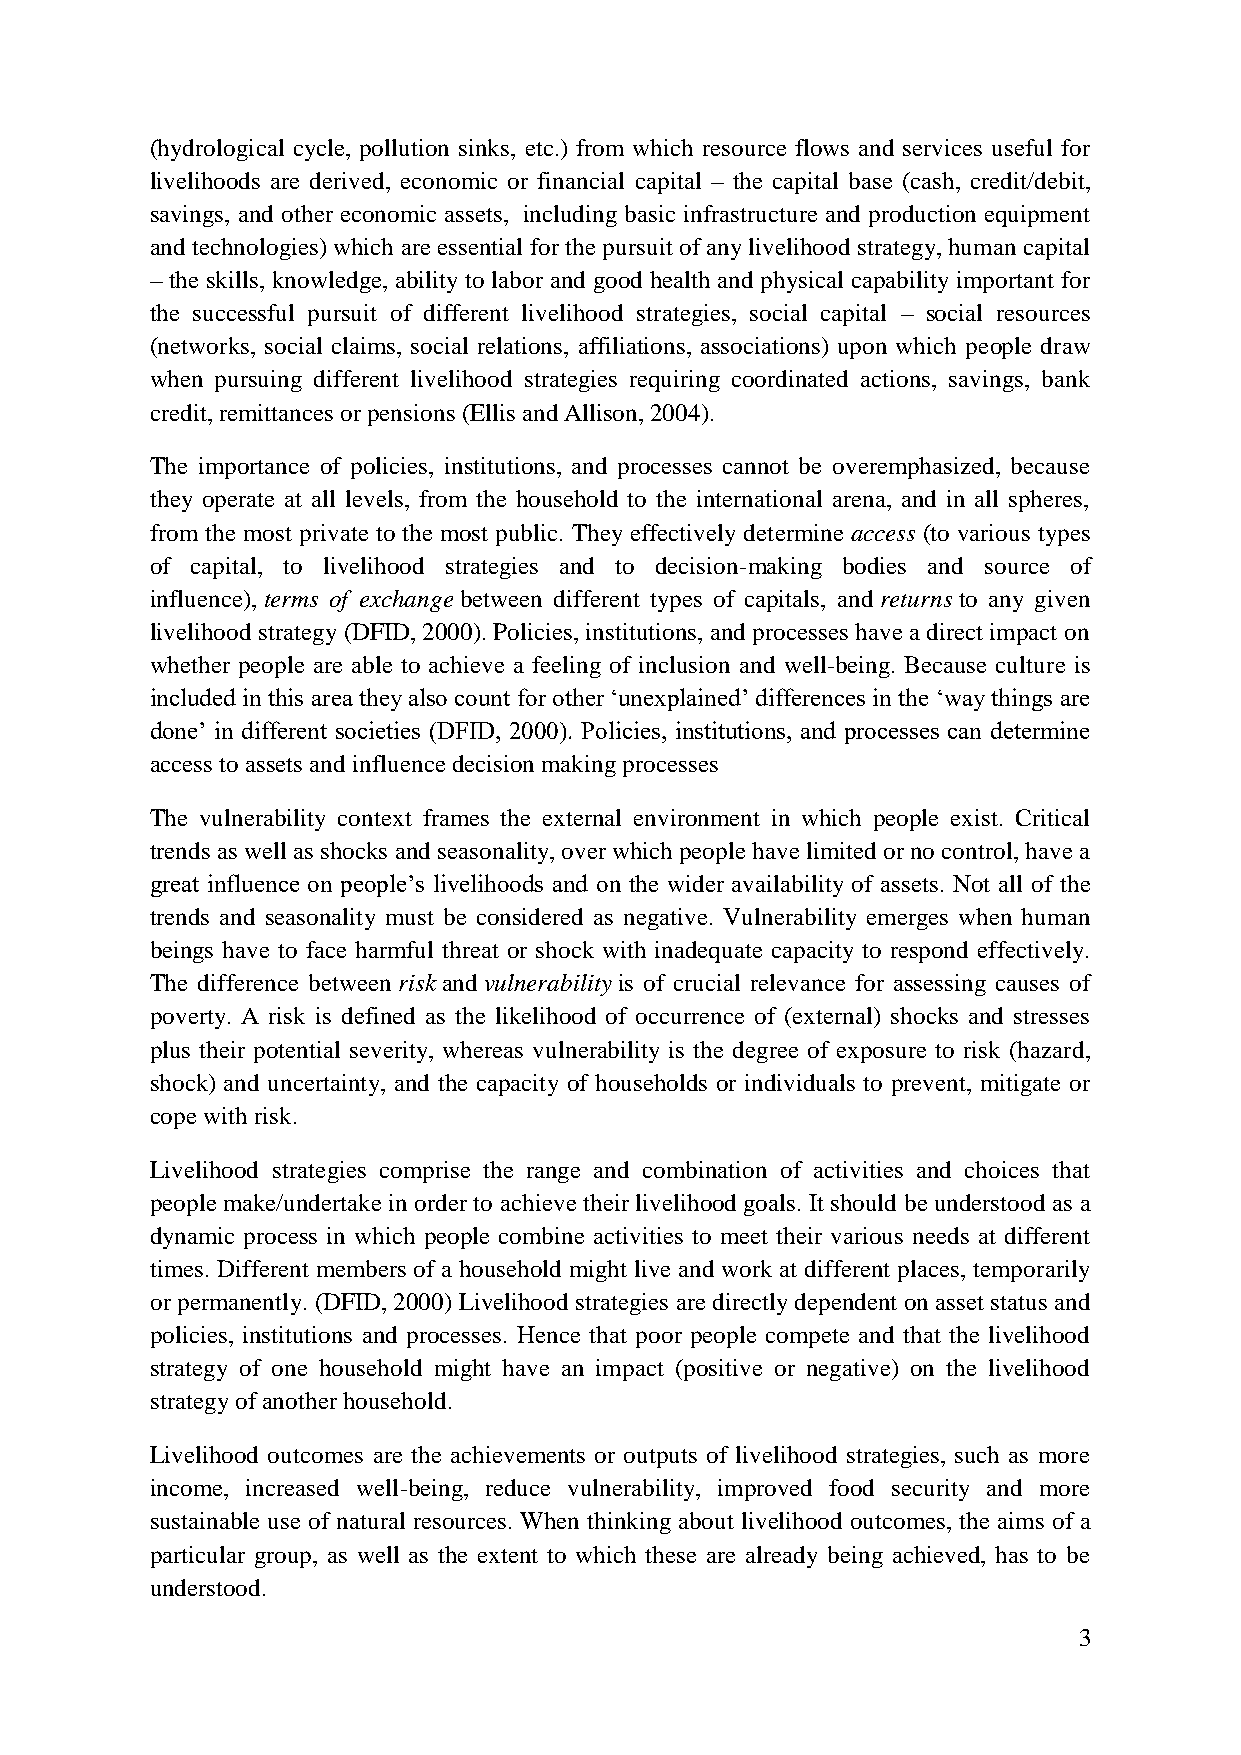
(hydrological cycle, pollution sinks, etc.) from which resource flows and services useful for
 livelihoods are derived, economic or financial capital – the capital base (cash, credit/debit,
 savings, and other economic assets, including basic infrastructure and production equipment
 and technologies) which are essential for the pursuit of any livelihood strategy, human capital
 – the skills, knowledge, ability to labor and good health and physical capability important for
 the successful pursuit of different livelihood strategies, social capital – social resources
 (networks, social claims, social relations, affiliations, associations) upon which people draw
 when pursuing different livelihood strategies requiring coordinated actions, savings, bank
 credit, remittances or pensions (Ellis and Allison, 2004).
 The importance of policies, institutions, and processes cannot be overemphasized, because
 they operate at all levels, from the household to the international arena, and in all spheres,
 from the most private to the most public. They effectively determine access (to various types
 of capital, to livelihood strategies and to decision-making bodies and source of
 influence), terms of exchange between different types of capitals, and returns to any given
 livelihood strategy (DFID, 2000). Policies, institutions, and processes have a direct impact on
 whether people are able to achieve a feeling of inclusion and well-being. Because culture is
 included in this area they also count for other „unexplained‟ differences in the „way things are
 done‟ in different societies (DFID, 2000). Policies, institutions, and processes can determine
 access to assets and influence decision making processes
 The vulnerability context frames the external environment in which people exist. Critical
 trends as well as shocks and seasonality, over which people have limited or no control, have a
 great influence on people‟s livelihoods and on the wider availability of assets. Not all of the
 trends and seasonality must be considered as negative. Vulnerability emerges when human
 beings have to face harmful threat or shock with inadequate capacity to respond effectively.
 The difference between risk and vulnerability is of crucial relevance for assessing causes of
 poverty. A risk is defined as the likelihood of occurrence of (external) shocks and stresses
 plus their potential severity, whereas vulnerability is the degree of exposure to risk (hazard,
 shock) and uncertainty, and the capacity of households or individuals to prevent, mitigate or
 cope with risk.
 Livelihood strategies comprise the range and combination of activities and choices that
 people make/undertake in order to achieve their livelihood goals. It should be understood as a
 dynamic process in which people combine activities to meet their various needs at different
 times. Different members of a household might live and work at different places, temporarily
 or permanently. (DFID, 2000) Livelihood strategies are directly dependent on asset status and
 policies, institutions and processes. Hence that poor people compete and that the livelihood
 strategy of one household might have an impact (positive or negative) on the livelihood
 strategy of another household.
 Livelihood outcomes are the achievements or outputs of livelihood strategies, such as more
 income, increased well-being, reduce vulnerability, improved food security and more
 sustainable use of natural resources. When thinking about livelihood outcomes, the aims of a
 particular group, as well as the extent to which these are already being achieved, has to be
 understood.
 3